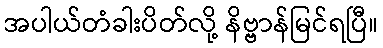
အပါယ်တံခါးပိတ်လို့ နိဗ္ဗာန်မြင်ရပြီ။